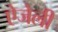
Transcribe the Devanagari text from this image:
ऐजेली